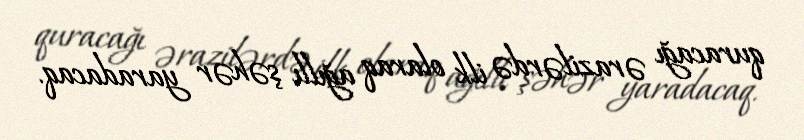
quracağı ərazilərdə ilk olaraq ağıllı şəhər yaradacaq.